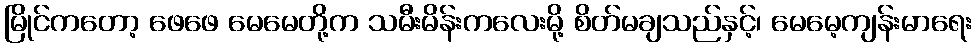
မြိုင်ကတော့ ဖေဖေ မေမေတို့က သမီးမိန်းကလေးမို့ စိတ်မချသည်နှင့်၊ မေမေ့ကျန်းမာရေး